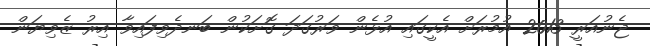
ޖެނުއަރީ 2013 އުމުރަށް އެކީގައި އުޅެން ވަރުގަދަ ގޮށަކުން ބަނދެވިފައިވާ އިރު ޒެވިޔަން